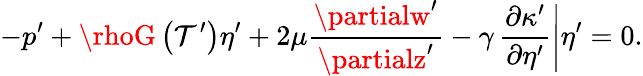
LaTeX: -p^{\prime}+\rhoG\left(\mathcal{T}^{\prime}\right)\eta^{\prime}+2\mu\frac{{\partialw^{\prime}}}{{\partialz^{\prime}}}-\gamma\left.\frac{{\partial\kappa^{\prime}}}{{\partial\eta^{\prime}}}\right|\eta^{\prime}=0.